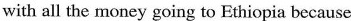
with all the money going to Ethiopia because